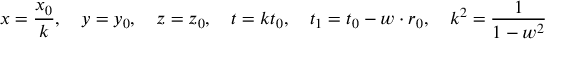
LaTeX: x = { \frac { x _ { 0 } } { k } } , \quad y = y _ { 0 } , \quad z = z _ { 0 } , \quad t = k t _ { 0 } , \quad t _ { 1 } = t _ { 0 } - w \cdot r _ { 0 } , \quad k ^ { 2 } = { \frac { 1 } { 1 - w ^ { 2 } } }